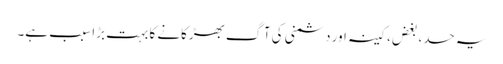
یہ حسد، بغض، کینہ اور دشمنی کی آگ بھڑکانے کا بہت بڑا سبب ہے۔